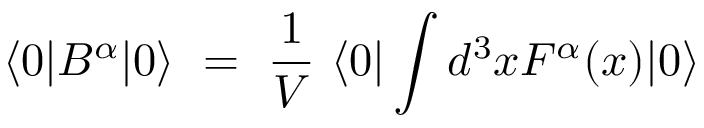
\langle 0 | B ^ { \alpha } | 0 \rangle \ = \ \frac 1 V \ \langle 0 | \int d ^ { 3 } x F ^ { \alpha } ( x ) | 0 \rangle